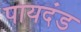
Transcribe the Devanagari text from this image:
पायदंड